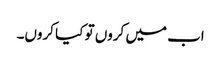
اب میں کروں تو کیا کروں۔